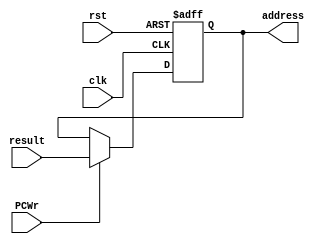
module pc (clk, rst, PCWr, result, address);
    input clk, rst, PCWr;
    input [31:0]result;
    output reg[31:0] address;
    
    always @(posedge clk, negedge rst) begin
        if(!rst) begin
            address <= 32'h0000_3000;
        end
        else if(PCWr) begin
            address <= result;
        end
        else address <= address;
    end

endmodule